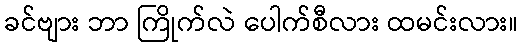
ခင်ဗျား ဘာ ကြိုက်လဲ ပေါက်စီလား ထမင်းလား။